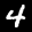
Label: 4